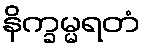
နိက္ခမ္မရတံ